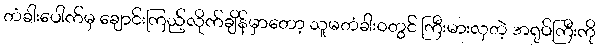
တံခါးပေါက်မှ ချောင်းကြည့်လိုက်ချိန်မှာတော့ သူမတံခါး၀တွင် ကြီးမားလှတဲ့ အရုပ်ကြီးကို